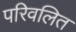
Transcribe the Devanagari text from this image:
परिवलित